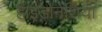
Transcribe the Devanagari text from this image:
है।इंडोनेशिया